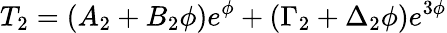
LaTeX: T_{2}=(A_{2}+B_{2}\phi)e^{\phi}+(\Gamma_{2}+\Delta_{2}\phi)e^{3\phi}